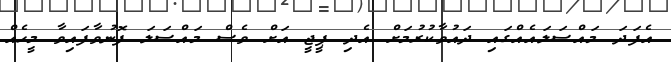
އެފަދަ މައްސަލައެއްގައި ދައުވާކުރުމަށް އެދި ޕީޖީ އަށް ވެސް މައްސަލަ ފޮނުވާފައިވާ މީހެއް